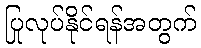
ပြုလုပ်နိုင်ရန်အတွက်